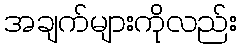
အချက်များကိုလည်း